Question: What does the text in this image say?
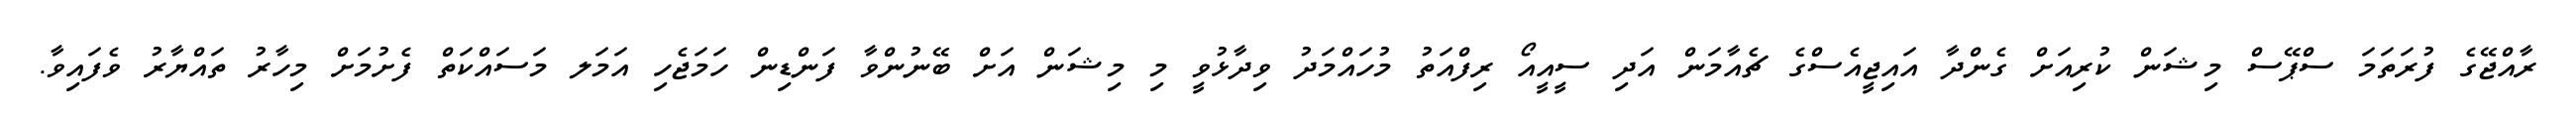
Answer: ރާއްޖޭގެ ފުރަތަމަ ސްޕޭސް މިޝަން ކުރިއަށް ގެންދާ އައިޖީއެސްގެ ޗެއާމަން އަދި ސީއީއޯ ރިފްއަތު މުހައްމަދު ވިދާޅުވީ މި މިޝަން އަށް ބޭނުންވާ ފަންޑިން ހަމަޖެހި އަމަލ މަސައްކަތް ފެށުމަށް މިހާރު ތައްޔާރު ވެފައިވާ.